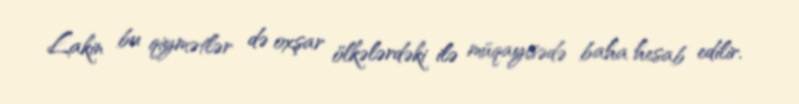
Lakin bu qiymətlər də oxşar ölkələrdəki ilə müqayisədə baha hesab edilir.